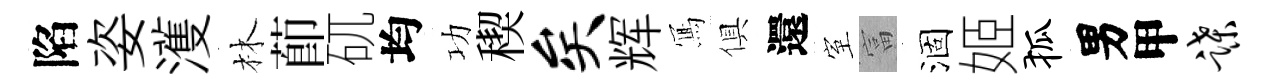
陷姿濩林莭矹均功稧矣辉𭂁俱還室富涸姬狐男甲蹀